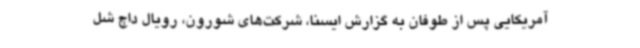
آمریکایی پس از طوفان به گزارش ایسنا، شرکت‌های شورون، رویال داچ شل